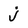
Character: j